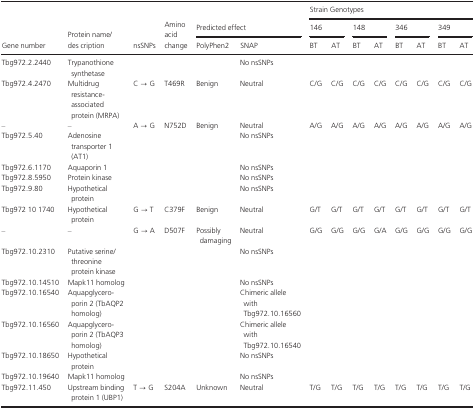
<table><thead><tr><td rowspan="3"><b>Gene number</b></td><td rowspan="3"><b>Protein name/des cription</b></td><td rowspan="3"><b>nsSNPs</b></td><td rowspan="3"><b>Amino acid change</b></td><td rowspan="2" colspan="2"><b>Predicted effect</b></td><td colspan="8"><b>Strain Genotypes</b></td></tr><tr><td colspan="2"><b>146</b></td><td colspan="2"><b>148</b></td><td colspan="2"><b>346</b></td><td colspan="2"><b>349</b></td></tr><tr><td><b>PolyPhen2</b></td><td><b>SNAP</b></td><td><b>BT</b></td><td><b>AT</b></td><td><b>BT</b></td><td><b>AT</b></td><td><b>BT</b></td><td><b>AT</b></td><td><b>BT</b></td><td><b>AT</b></td></tr></thead><tbody><tr><td>Tbg972.2.2440</td><td>Trypanothione synthetase</td><td></td><td></td><td></td><td>No nsSNPs</td><td></td><td></td><td></td><td></td><td></td><td></td><td></td><td></td></tr><tr><td>Tbg972.4.2470</td><td>Multidrug resistance‐associated protein (MRPA)</td><td>C → G</td><td>T469R</td><td>Benign</td><td>Neutral</td><td>C/G</td><td>C/G</td><td>C/G</td><td>C/G</td><td>C/G</td><td>C/G</td><td>C/G</td><td>C/G</td></tr><tr><td>–</td><td>–</td><td>A → G</td><td>N752D</td><td>Benign</td><td>Neutral</td><td>A/G</td><td>A/G</td><td>A/G</td><td>A/G</td><td>A/G</td><td>A/G</td><td>A/G</td><td>A/G</td></tr><tr><td>Tbg972.5.40</td><td>Adenosine transporter 1 (AT1)</td><td></td><td></td><td></td><td>No nsSNPs</td><td></td><td></td><td></td><td></td><td></td><td></td><td></td><td></td></tr><tr><td>Tbg972.6.1170</td><td>Aquaporin 1</td><td></td><td></td><td></td><td>No nsSNPs</td><td></td><td></td><td></td><td></td><td></td><td></td><td></td><td></td></tr><tr><td>Tbg972.8.5950</td><td>Protein kinase</td><td></td><td></td><td></td><td>No nsSNPs</td><td></td><td></td><td></td><td></td><td></td><td></td><td></td><td></td></tr><tr><td>Tbg972.9.80</td><td>Hypothetical protein</td><td></td><td></td><td></td><td>No nsSNPs</td><td></td><td></td><td></td><td></td><td></td><td></td><td></td><td></td></tr><tr><td>Tbg972 10 1740</td><td>Hypothetical protein</td><td>G → T</td><td>C379F</td><td>Benign</td><td>Neutral</td><td>G/T</td><td>G/T</td><td>G/T</td><td>G/T</td><td>G/T</td><td>G/T</td><td>G/T</td><td>G/T</td></tr><tr><td>–</td><td>–</td><td>G → A</td><td>D507F</td><td>Possibly damaging</td><td>Neutral</td><td>G/G</td><td>G/G</td><td>G/G</td><td>G/A</td><td>G/G</td><td>G/G</td><td>G/G</td><td>G/G</td></tr><tr><td>Tbg972.10.2310</td><td>Putative serine/threonine protein kinase</td><td></td><td></td><td></td><td>No nsSNPs</td><td></td><td></td><td></td><td></td><td></td><td></td><td></td><td></td></tr><tr><td>Tbg972.10.14510</td><td>Mapk11 homolog</td><td></td><td></td><td></td><td>No nsSNPs</td><td></td><td></td><td></td><td></td><td></td><td></td><td></td><td></td></tr><tr><td>Tbg972.10.16540</td><td>Aquapglycero‐porin 2 (TbAQP2 homolog)</td><td></td><td></td><td></td><td>Chimeric allele with Tbg972.10.16560</td><td></td><td></td><td></td><td></td><td></td><td></td><td></td><td></td></tr><tr><td>Tbg972.10.16560</td><td>Aquapglycero‐porin 2 (TbAQP3 homolog)</td><td></td><td></td><td></td><td>Chimeric allele with Tbg972.10.16540</td><td></td><td></td><td></td><td></td><td></td><td></td><td></td><td></td></tr><tr><td>Tbg972.10.18650</td><td>Hypothetical protein</td><td></td><td></td><td></td><td>No nsSNPs</td><td></td><td></td><td></td><td></td><td></td><td></td><td></td><td></td></tr><tr><td>Tbg972.10.19640</td><td>Mapk11 homolog</td><td></td><td></td><td></td><td>No nsSNPs</td><td></td><td></td><td></td><td></td><td></td><td></td><td></td><td></td></tr><tr><td>Tbg972.11.450</td><td>Upstream binding protein 1 (UBP1)</td><td>T → G</td><td>S204A</td><td>Unknown</td><td>Neutral</td><td>T/G</td><td>T/G</td><td>T/G</td><td>T/G</td><td>T/G</td><td>T/G</td><td>T/G</td><td>T/G</td></tr></tbody></table>